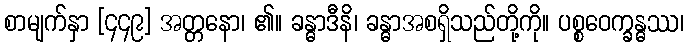
စာမျက်နှာ [၄၄၉] အတ္တနော၊ ၏။ ခန္ဓာဒီနိ၊ ခန္ဓာအစရှိသည်တို့ကို။ ပစ္စဝေက္ခန္ဓဿ၊